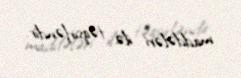
maddələri ilə təqsirləndir.